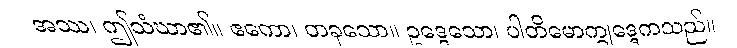
အဿ၊ ဤသံဃာ၏။ ဧကော၊ တခုသော။ ဥဒ္ဒေသော၊ ပါတိမောက္ခုဒ္ဒေကသည်။